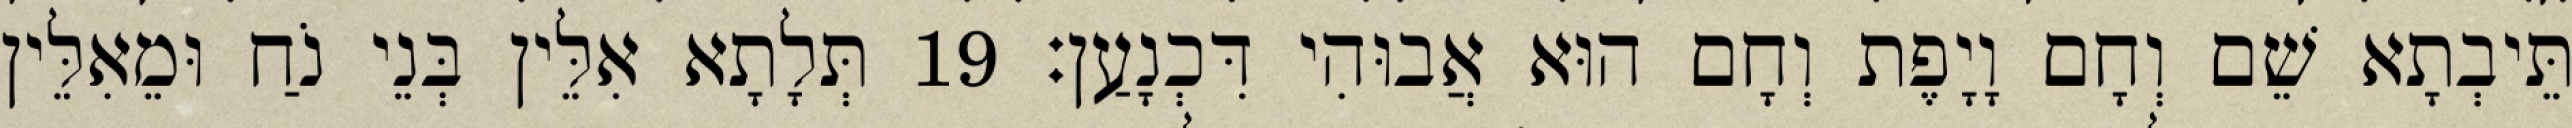
תֵּיבְתָא שֵׁם וְחָם וָיָפֶת וְחָם הוּא אֲבוּהִי דִּכְנָעַן׃ 19 תְּלָתָא אִלֵּין בְּנֵי נֹחַ וּמֵאִלֵּין